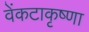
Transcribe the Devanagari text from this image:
वेंकटाकृष्णा